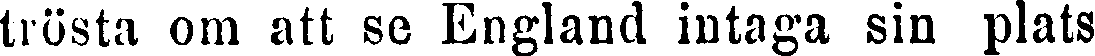
trösta om att se England intaga sin plats